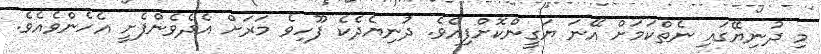
މި ދުނިޔޭގައި ނެތްކަމަށް އޭނަ ޔަގީންކޮށްފިއެވެ. ދުނިޔެދެކެ ފޫހިވެ މަރަށް އެދެވެންފެށީ އެހެންވެއެވެ.